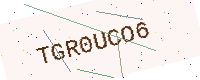
Text: TGR0UCO6